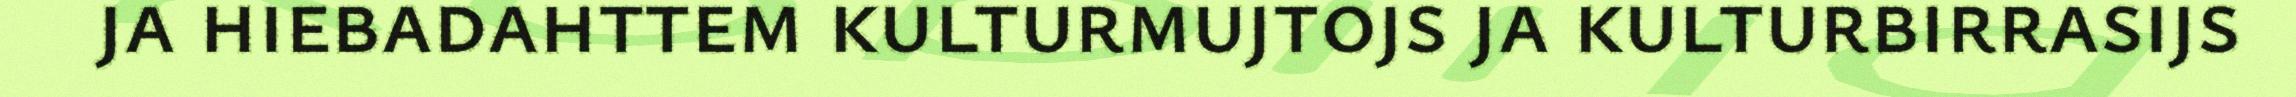
ja hiebadahttem kulturmujtojs ja kulturbirrasijs